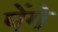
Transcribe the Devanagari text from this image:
पेंगे